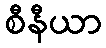
စီနီယာ